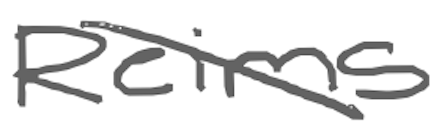
Text: Reims
Cross-out: diagonal
Writing tool: digital_gray